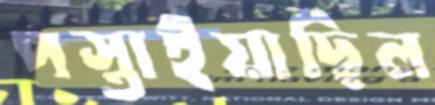
পস্তাইয়াছিল